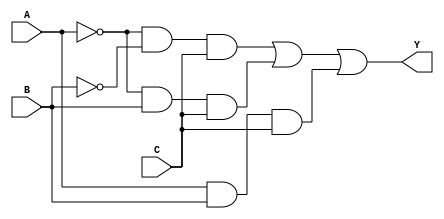
//Ejercicio 05

module gateLevelSOP(input wire A, B, C, output wire Y);

    wire notA, notB, w1, w2, w3;

    not(notA, A);
    not(notB, B);
    and(w1, notA, notB, C);
    and(w2, notA, B, C);
    and(w3, A, B, C);
    or (Y, w1, w2, w3);

endmodule

module gateLevelPOS(input wire A, B, C, output wire Y);

    wire notA, notB, notC, w1, w2, w3, w4, w5;

    not(notA, A);
    not(notB, B);
    not(notC, C);
    or(w1, A, B, C);
    or(w2, A, notB, C);
    or(w3, notA, B, C);
    or(w4, notA, B, notC);
    or(w5, notA, notB, C);
    and(Y, w1, w2, w3, w4, w5);

endmodule


module gateLevelKarnaugh(input wire A, B, C, output wire Y);

  wire notA, w1, w2;

  not(notA, A);
  and(w1, notA, C);
  and(w2, B, C);
  or(Y, w1, w2);

endmodule


module operadoresSOP(input wire A, B, C, output wire Y);

  assign Y = (~A & B & C | ~A & B & C | A & B & C);

endmodule

module operadoresPOS(input wire A, B, C, output wire Y);

  assign Y = ((A | B | C) & (A | ~B | C) & (~A | B | C) & (~A | B |~C) & (~A | ~B | C));

endmodule

module operadoresKarnaugh(input wire A, B, C, output wire Y);

  assign Y = (~A & C | B & C);

endmodule